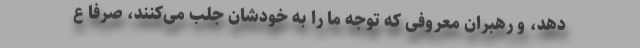
دهد، و رهبران معروفی که توجه ما را به خودشان جلب می‌کنند، صرفاً ع